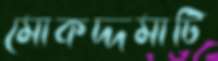
মোকদ্দমাটি